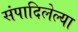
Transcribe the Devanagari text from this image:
संपादिलेल्या